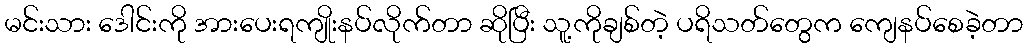
မင်းသား ဒေါင်းကို အားပေးရကျိုးနပ်လိုက်တာ ဆိုပြီး သူ့ကိုချစ်တဲ့ ပရိသတ်တွေက ကျေနပ်စေခဲ့တာ